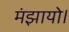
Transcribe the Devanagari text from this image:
मंझायो।